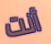
أنت